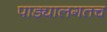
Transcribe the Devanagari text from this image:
पाड्यालगतच